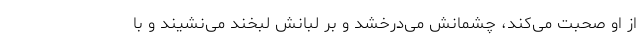
از او صحبت می‌کند، چشمانش می‌درخشد و بر لبانش لبخند می‌نشیند و با